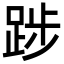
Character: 踄